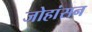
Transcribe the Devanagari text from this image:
जोहांसन